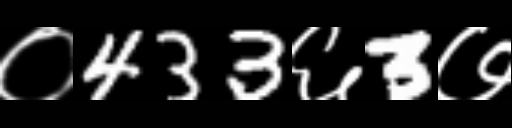
Text: ०433६3७